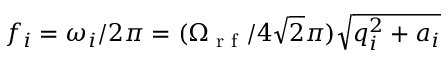
f _ { i } = \omega _ { i } / 2 \pi = ( \Omega _ { \textrm { r f } } / 4 \sqrt { 2 } \pi ) \sqrt { q _ { i } ^ { 2 } + a _ { i } }